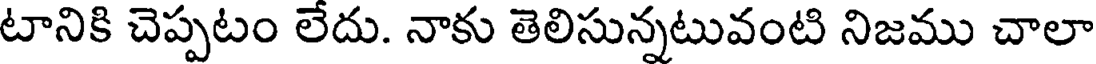
టానికి చెప్పటం లేదు. నాకు తెలిసున్నటువంటి నిజము చాలా